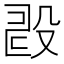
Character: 𣪐